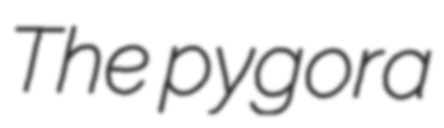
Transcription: The pygora